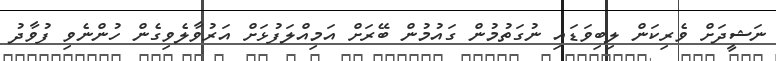
ނަޝީދަށް ވެރިކަން ލިބިވަޑައި ނުގަތުމުން ގައުމުން ބޭރަށް އަމިއްލަފުޅަށް އަރުވާލެވިގެން ހުންނެވި ފުވާދު